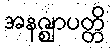
အနဇ္ဈာပတ္တိ